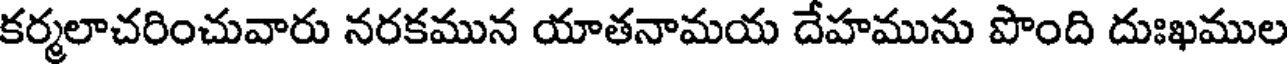
కర్మలాచరించువారు నరకమున యాతనామయ దేహమును పొంది దుఃఖముల